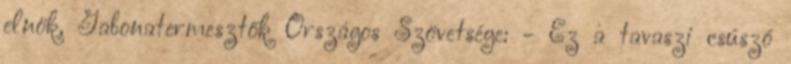
elnök, Gabonatermesztők Országos Szövetsége: - Ez a tavaszi csúszó